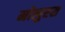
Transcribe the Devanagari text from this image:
मोलुरस